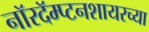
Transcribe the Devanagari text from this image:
नॉरदॅम्प्टनशायरच्या